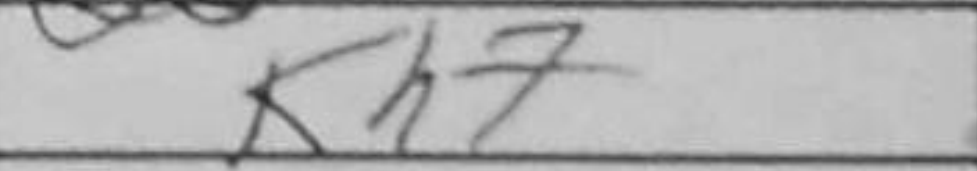
Transcription: Kh7